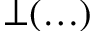
\bot ( \ldots )